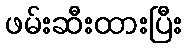
ဖမ်းဆီးထားပြီး